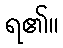
ရ၏။